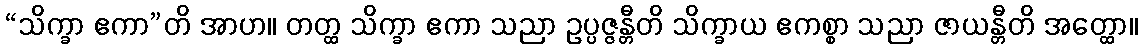
“သိက္ခာ ဧကာ”တိ အာဟ။ တတ္ထ သိက္ခာ ဧကာ သညာ ဥပ္ပဇ္ဇန္တီတိ သိက္ခာယ ဧကစ္စာ သညာ ဇာယန္တီတိ အတ္ထော။